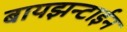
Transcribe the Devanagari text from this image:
बायझन्टाईन